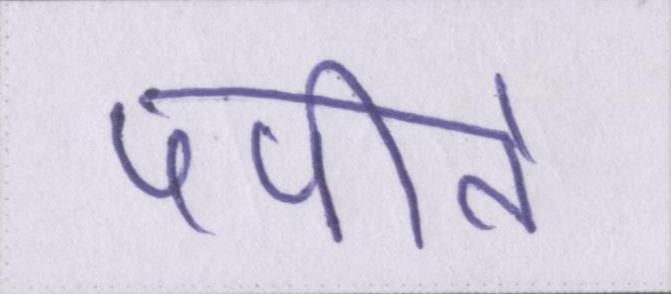
पपीते